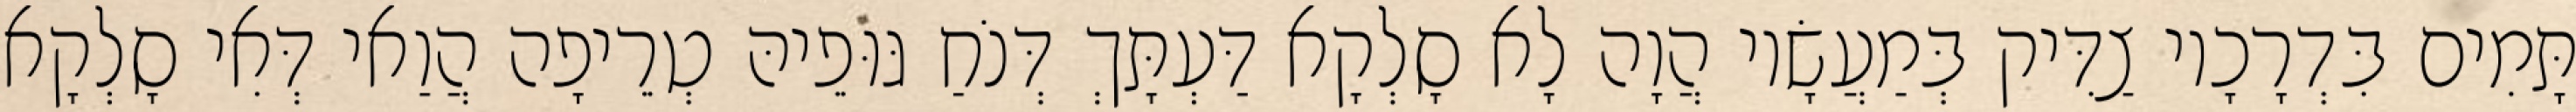
תָּמִים בִּדְרָכָיו צַדִּיק בְּמַעֲשָׂיו הֲוָה לָא סָלְקָא דַּעְתָּךְ דְּנֹחַ גּוּפֵיהּ טְרֵיפָה הֲוַאי דְּאִי סָלְקָא